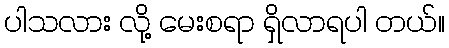
ပါသလား လို့ မေးစရာ ရှိလာရပါ တယ်။